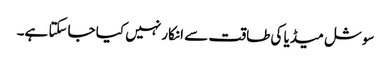
سوشل میڈیا کی طاقت سے انکار نہیں کیا جاسکتا ہے۔